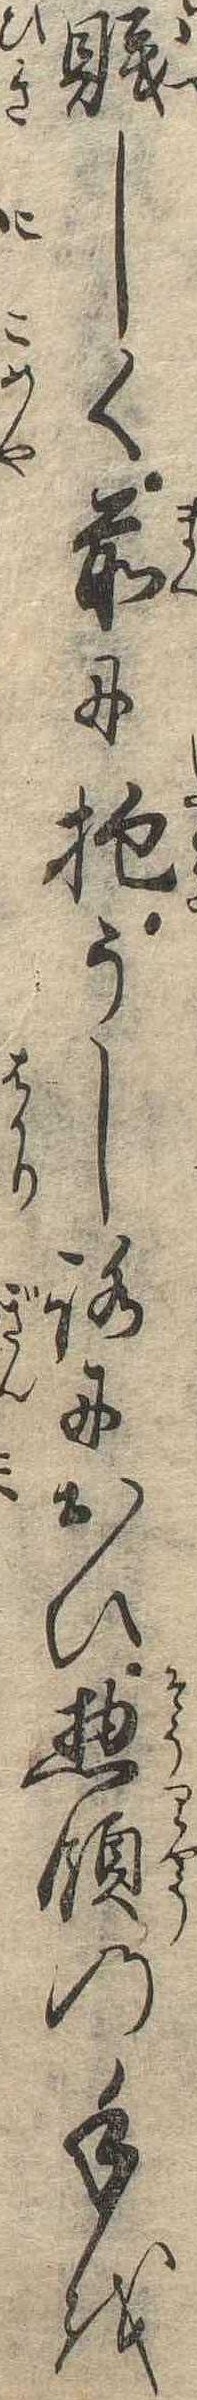
賎しく前に抱うしろにおひ惣領の手を